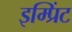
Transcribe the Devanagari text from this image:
इम्‍प्रिंट